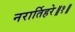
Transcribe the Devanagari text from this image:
नरार्तिहरे॥१॥